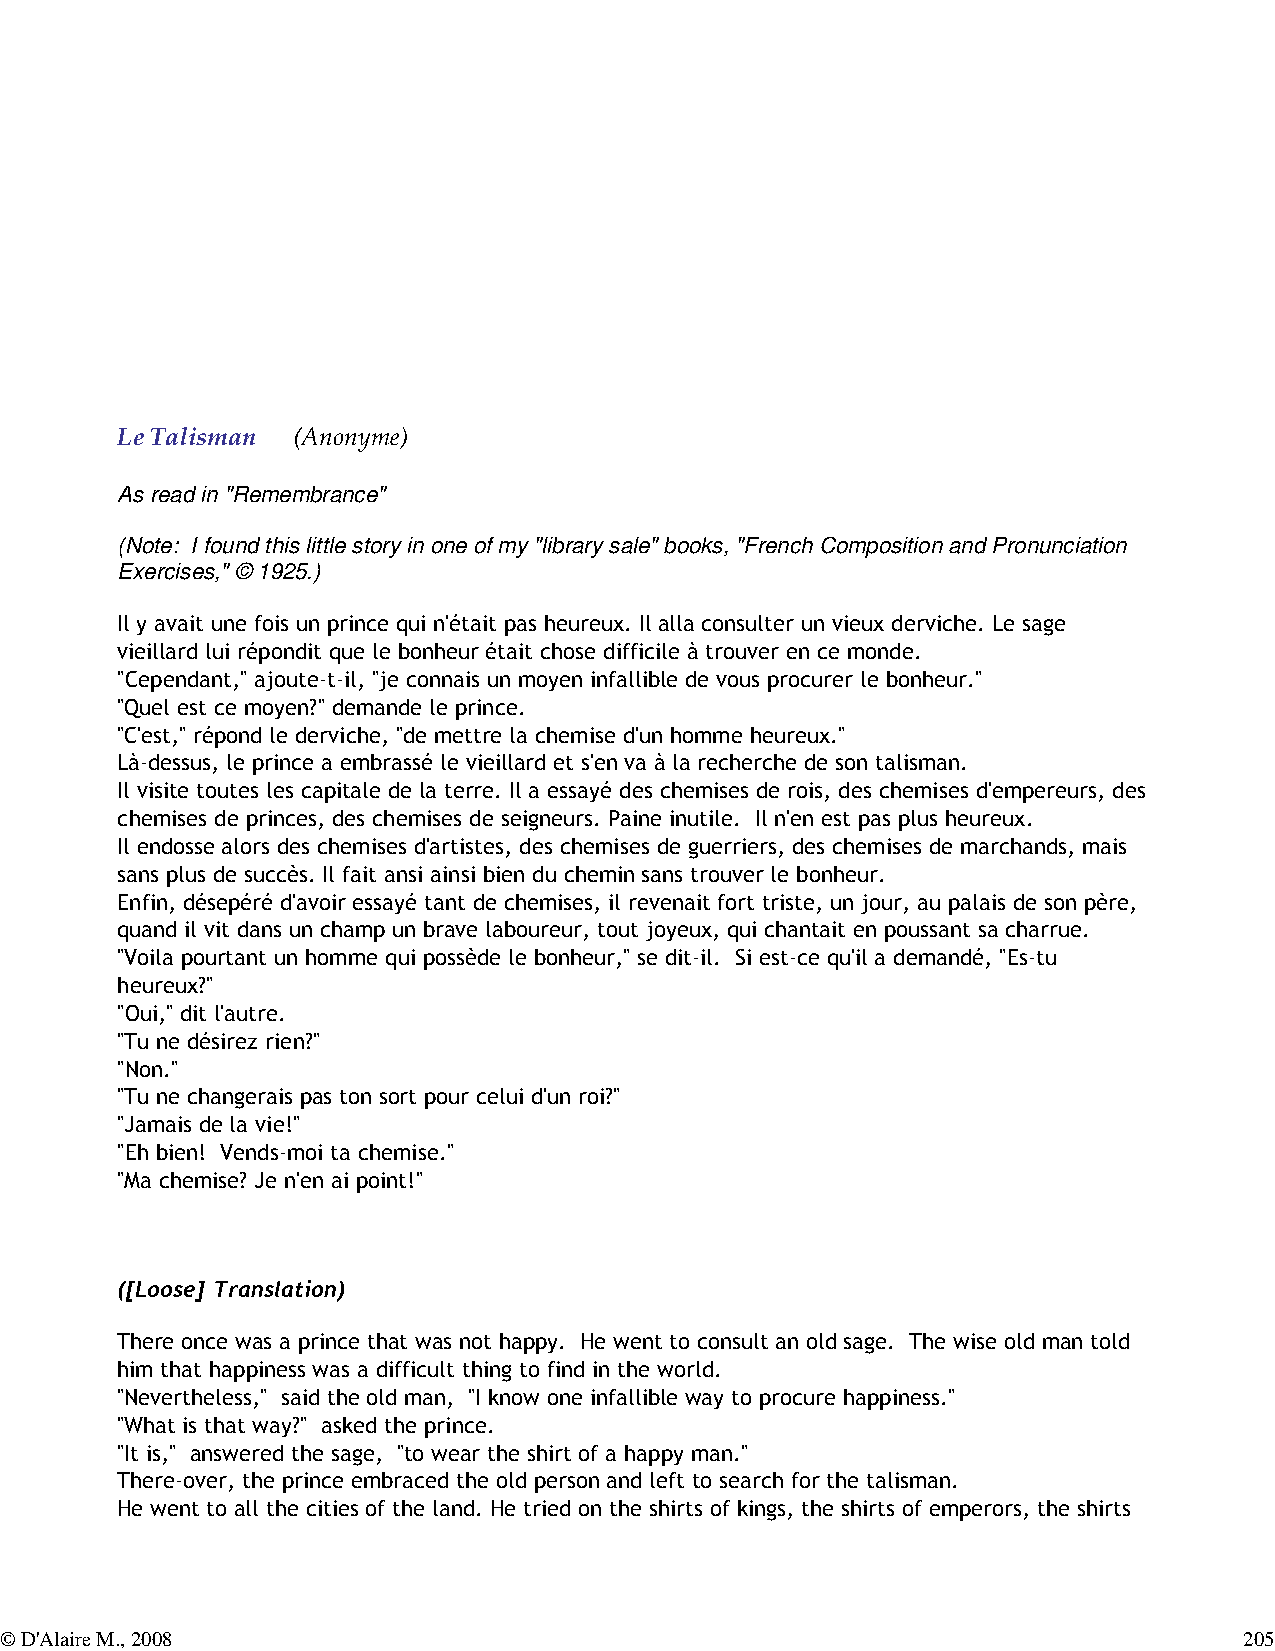
Le Talisman
 (Anonyme)
 As read in "Remembrance"
 (Note: I found this little story in one of my "library sale" books, "French Composition and Pronunciation
 Exercises," © 1925.)
 Il y avait une fois un prince qui n'était pas heureux. Il alla consulter un vieux derviche. Le sage
 vieillard lui répondit que le bonheur était chose difficile à trouver en ce monde.
 "Cependant," ajoute-t-il, "je connais un moyen infallible de vous procurer le bonheur."
 "Quel est ce moyen?" demande le prince.
 "C'est," répond le derviche, "de mettre la chemise d'un homme heureux."
 Là-dessus, le prince a embrassé le vieillard et s'en va à la recherche de son talisman.
 Il visite toutes les capitale de la terre. Il a essayé des chemises de rois, des chemises d'empereurs, des
 chemises de princes, des chemises de seigneurs. Paine inutile. Il n'en est pas plus heureux.
 Il endosse alors des chemises d'artistes, des chemises de guerriers, des chemises de marchands, mais
 sans plus de succès. Il fait ansi ainsi bien du chemin sans trouver le bonheur.
 Enfin, désepéré d'avoir essayé tant de chemises, il revenait fort triste, un jour, au palais de son père,
 quand il vit dans un champ un brave laboureur, tout joyeux, qui chantait en poussant sa charrue.
 "Voila pourtant un homme qui possède le bonheur," se dit-il. Si est-ce qu'il a demandé, "Es-tu
 heureux?"
 "Oui," dit l'autre.
 "Tu ne désirez rien?"
 "Non."
 "Tu ne changerais pas ton sort pour celui d'un roi?"
 "Jamais de la vie!"
 "Eh bien! Vends-moi ta chemise."
 "Ma chemise? Je n'en ai point!"
 ([Loose] Translation)
 There once was a prince that was not happy. He went to consult an old sage. The wise old man told
 him that happiness was a difficult thing to find in the world.
 "Nevertheless," said the old man, "I know one infallible way to procure happiness."
 "What is that way?" asked the prince.
 "It is," answered the sage, "to wear the shirt of a happy man."
 There-over, the prince embraced the old person and left to search for the talisman.
 He went to all the cities of the land. He tried on the shirts of kings, the shirts of emperors, the shirts
 © D'Alaire M., 2008                                                               205